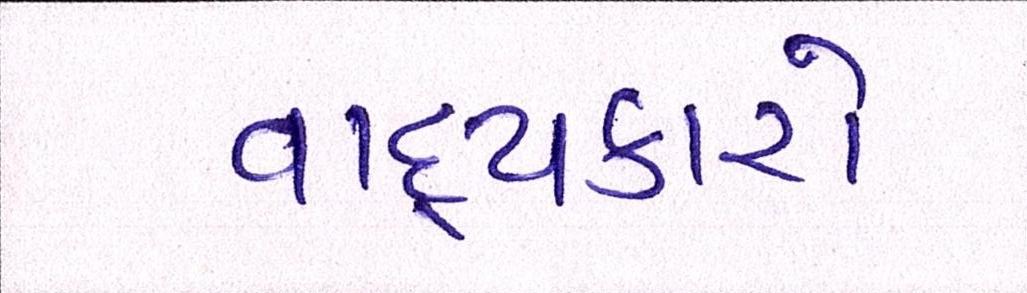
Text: વાદ્યકારો